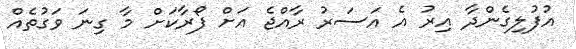
އުފުލިގެންދާ އިރު އެ އަސަރު ރާއްޖެ އަށް ފޯރާކަށް މާ ގިނަ ވަގުތެއް